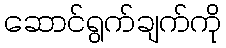
ဆောင်ရွက်ချက်ကို